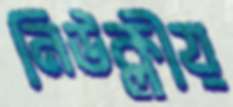
নিউক্লীয়